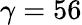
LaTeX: \gamma=56